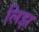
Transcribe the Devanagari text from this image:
लिझ